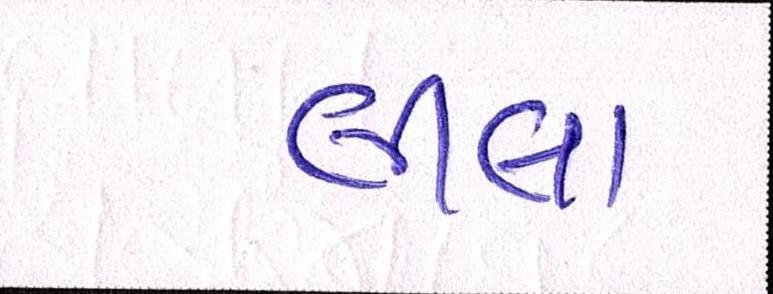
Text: લીલા